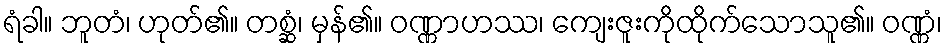
ရံခါ။ ဘူတံ၊ ဟုတ်၏။ တစ္ဆံ၊ မှန်၏။ ဝဏ္ဏာဟဿ၊ ကျေးဇူးကိုထိုက်သောသူ၏။ ဝဏ္ဏံ၊